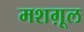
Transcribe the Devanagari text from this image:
मशग़ूल